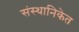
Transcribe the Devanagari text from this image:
संस्थानिकेत